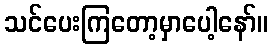
သင်ပေးကြတော့မှာပေါ့နော်။